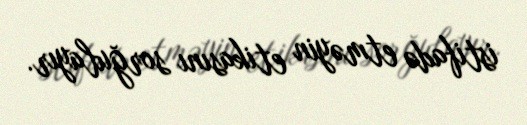
istifadə etməyin etikasını sorğulayır.